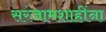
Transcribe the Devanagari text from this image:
सरंजामशाहींना